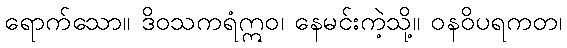
ရောက်သော။ ဒိဝသကရံဣဝ၊ နေမင်းကဲ့သို့။ ဝနဝိပရကတ၊